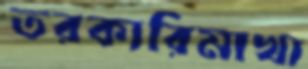
তরকারিমাখা